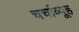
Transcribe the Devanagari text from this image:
चर्चाव्यूह